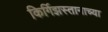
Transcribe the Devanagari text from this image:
किर्गिझस्तानाच्या